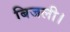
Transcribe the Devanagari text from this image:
बिजली।